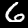
Digit: 6